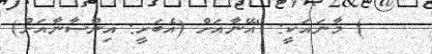
) މާނައަކީ: "އޭނާއަށް (އެބަހީ: އިންސާނާއަށް)